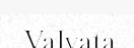
Valvata